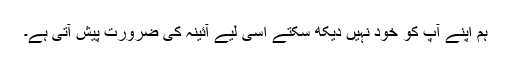
ہم اپنے آپ کو خود نہیں دیکھ سکتے اسی لیے آئینہ کی ضرورت پیش آتی ہے۔